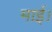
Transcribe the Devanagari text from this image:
माई।